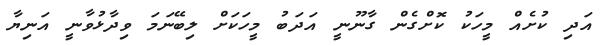
އަދި ކުށެއް މީހަކު ކޮށްގެން ގާނޫނީ އަދަބު މީހަކަށް ލިބޭނަމަ ވިދާޅުވާނީ އަނިޔާ